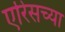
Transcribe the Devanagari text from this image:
एरिसच्या